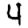
Digit: 4